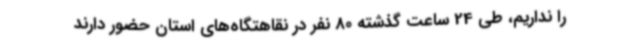
را نداریم، طی 24 ساعت گذشته 80 نفر در نقاهتگاه‌های استان حضور دارند